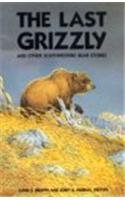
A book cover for The Last Grizzly and Other Southwestern Bear Stories; Sports & Outdoors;